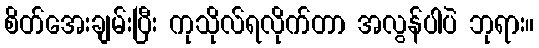
စိတ်အေးချမ်းပြီး ကုသိုလ်ရလိုက်တာ အလွန်ပါပဲ ဘုရား။